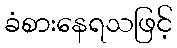
ခံစားနေရသဖြင့်